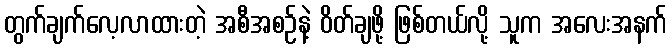
တွက်ချက်လေ့လာထားတဲ့ အစီအစဉ်နဲ့ ဝိတ်ချဖို့ ဖြစ်တယ်လို့ သူက အလေးအနက်